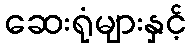
ဆေးရုံများနှင့်